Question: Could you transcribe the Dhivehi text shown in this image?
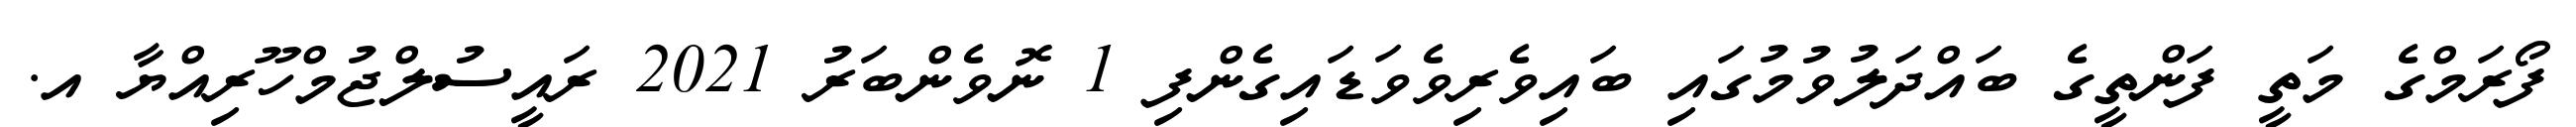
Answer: ފޯރަމްގެ މަތީ ފަންތީގެ ބައްދަލުވުމުގައި ބައިވެރިވެވަޑައިގެންފި 1 ނޮވެންބަރު 2021 ރައީސުލްޖުމްހޫރިއްޔާ އ.